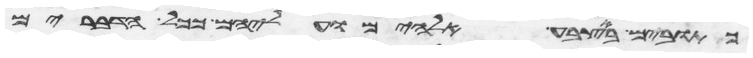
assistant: כתובים באצבע אלהים ועליהם ככל הדברים